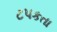
ટપકતા